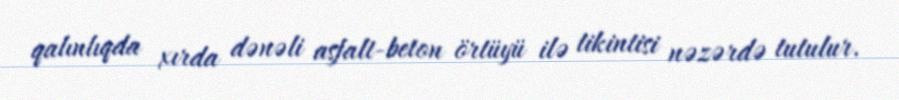
qalınlıqda xırda dənəli asfalt-beton örtüyü ilə tikintisi nəzərdə tutulur.